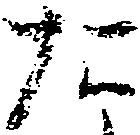
た